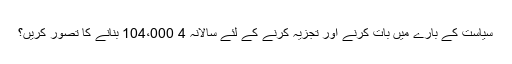
سیاست کے بارے میں بات کرنے اور تجزیہ کرنے کے لئے سالانہ 4 104،000 بنانے کا تصور کریں؟